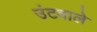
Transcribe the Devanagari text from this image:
उंटवाले